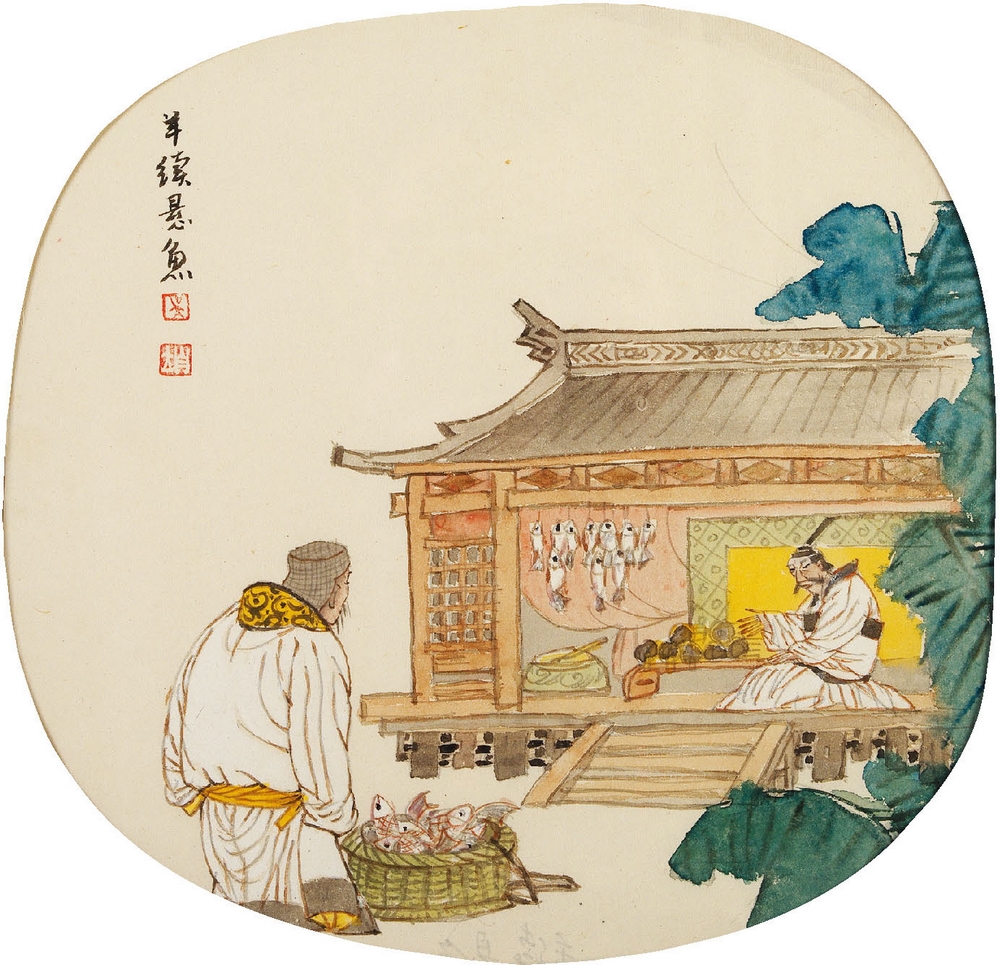
香饵之下，必有悬鱼重赏之下，必有死夫。